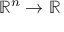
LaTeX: \mathbb { R } ^ { n } \to \mathbb { R }